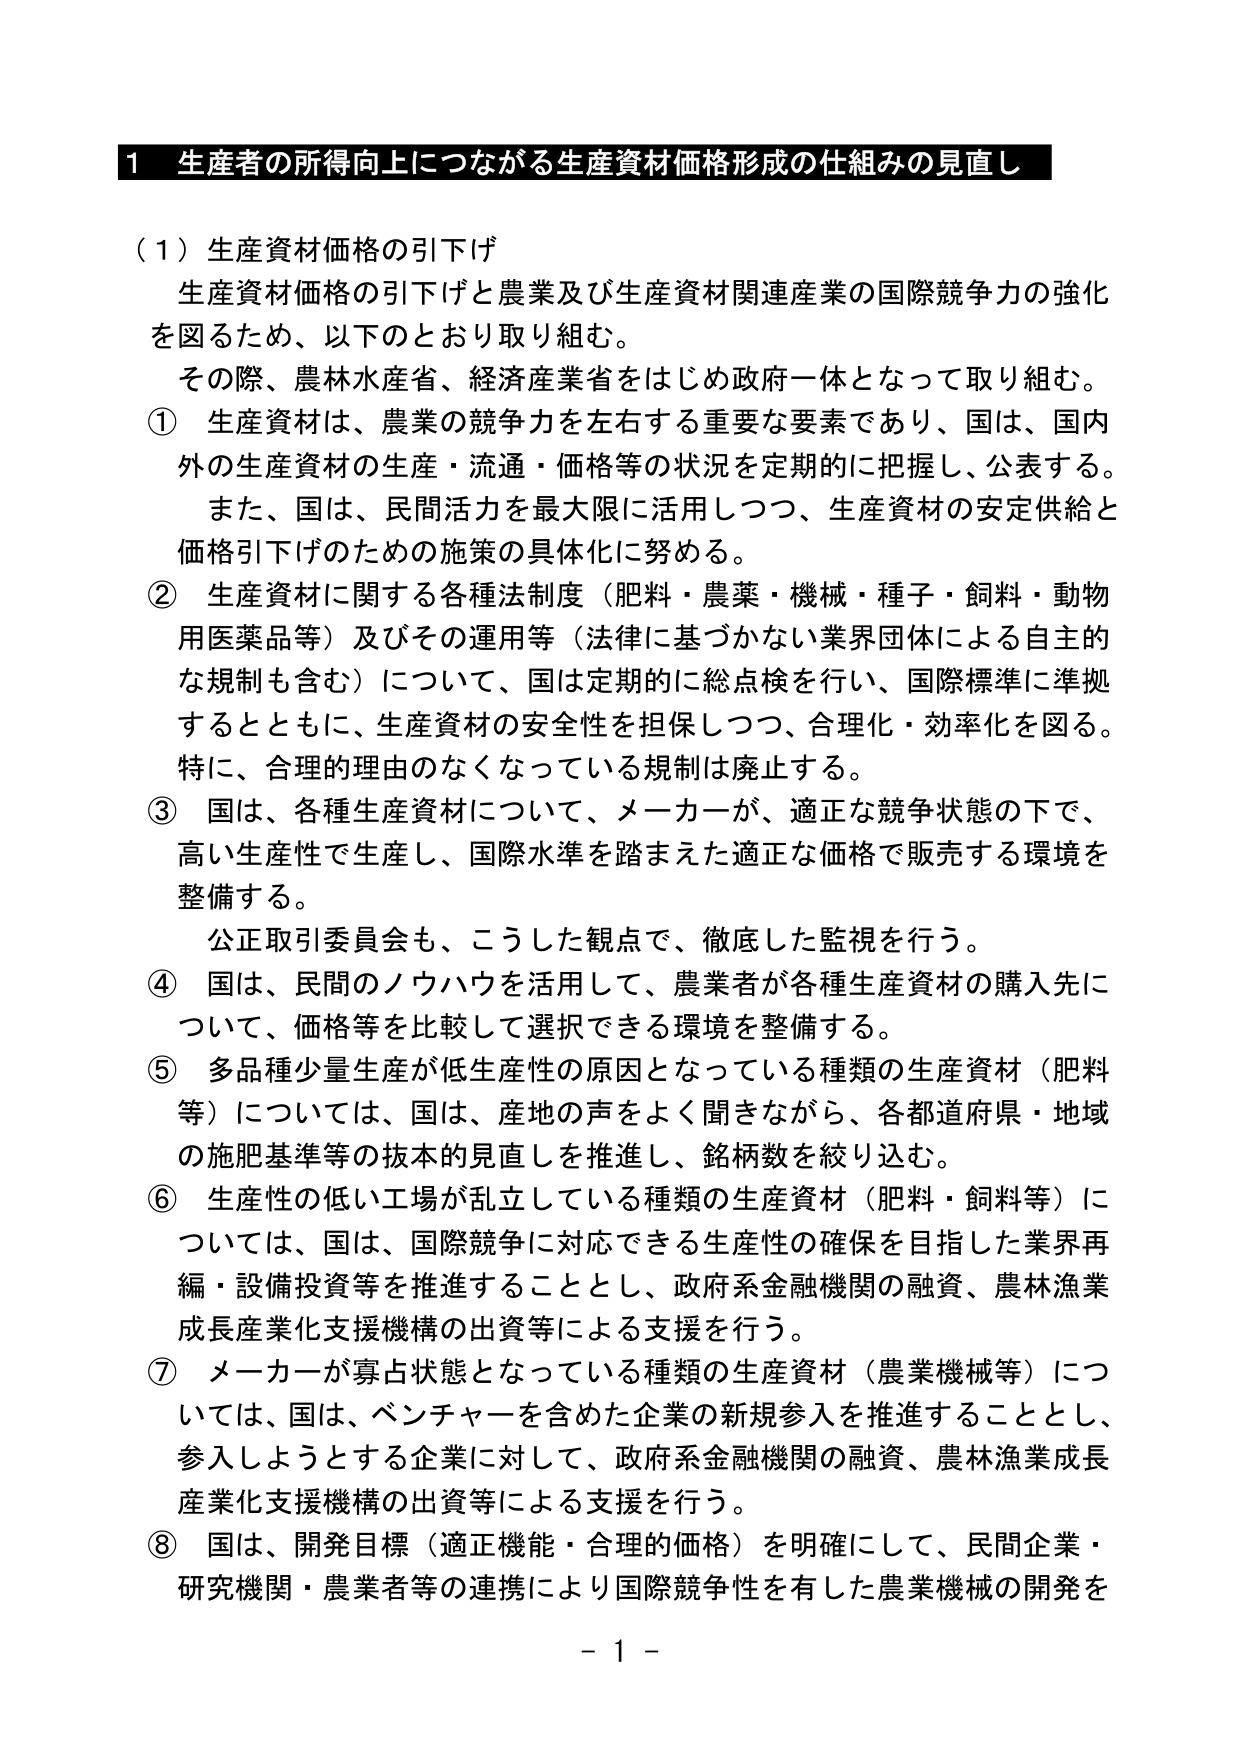
1 生産者の所得向上につながる生産資材価格形成の仕組みの見直し

（1）生産資材価格の引下げ
　生産資材価格の引下げと農業及び生産資材関連産業の国際競争力の強化を図るため、以下のとおり取り組む。
　その際、農林水産省、経済産業省をはじめ政府一体となって取り組む。
① 生産資材は、農業の競争力を左右する重要な要素であり、国は、国内外の生産資材の生産・流通・価格等の状況を定期的に把握し、公表する。
　また、国は、民間活力を最大限に活用しつつ、生産資材の安定供給と価格引下げのための施策の具体化に努める。
② 生産資材に関する各種法制度（肥料・農薬・機械・種子・飼料・動物用医薬品等）及びその運用等（法律に基づかない業界団体による自主的な規制も含む）について、国は定期的に総点検を行い、国際標準に準拠するとともに、生産資材の安全性を担保しつつ、合理化・効率化を図る。
　特に、合理的理由のなくなっている規制は廃止する。
③ 国は、各種生産資材について、メーカーが、適正な競争状態の下で、高い生産性で生産し、国際水準を踏まえた適正な価格で販売する環境を整備する。
　公正取引委員会も、こうした観点で、徹底した監視を行う。
④ 国は、民間のノウハウを活用して、農業者が各種生産資材の購入先について、価格等を比較して選択できる環境を整備する。
⑤ 多品種少量生産が低生産性の原因となっている種類の生産資材（肥料等）については、国は、産地の声をよく聞きながら、各都道府県・地域の施肥基準等の抜本的見直しを推進し、銘柄数を絞り込む。
⑥ 生産性の低い工場が乱立している種類の生産資材（肥料・飼料等）については、国は、国際競争に対応できる生産性の確保を目指した業界再編・設備投資等を推進することとし、政府系金融機関の融資、農林漁業成長産業化支援機構の出資等による支援を行う。
⑦ メーカーが寡占状態となっている種類の生産資材（農業機械等）については、国は、ベンチャーを含めた企業の新規参入を推進することとし、参入しようとする企業に対して、政府系金融機関の融資、農林漁業成長産業化支援機構の出資等による支援を行う。
⑧ 国は、開発目標（適正機能・合理的価格）を明確にして、民間企業・研究機関・農業者等の連携により国際競争性を有した農業機械の開発を

－ 1 －